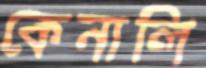
কেনালি